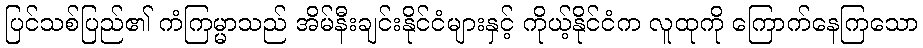
ပြင်သစ်ပြည်၏ ကံကြမ္မာသည် အိမ်နီးချင်းနိုင်ငံများနှင့် ကိုယ့်နိုင်ငံက လူထုကို ကြောက်နေကြသော